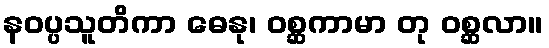
နဝပ္ပသူတိကာ ဓေနု၊ ဝစ္ဆကာမာ တု ဝစ္ဆလာ။